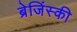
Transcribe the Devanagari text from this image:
ब्रेजिंस्की